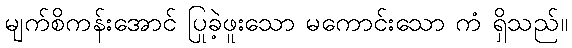
မျက်စိကန်းအောင် ပြုခဲ့ဖူးသော မကောင်းသော ကံ ရှိသည်။